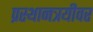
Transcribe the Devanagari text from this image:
प्रस्थानत्रयीवर